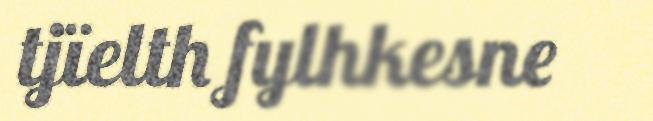
tjïelth fylhkesne